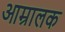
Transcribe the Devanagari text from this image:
आम्रालक